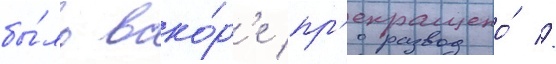
бы́ло вско́р'е пр'екращено́ //